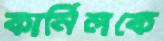
কার্নিলকে